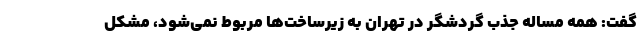
گفت: همه مساله جذب گردشگر در تهران به زیرساخت‌ها مربوط نمی‌شود، مشکل